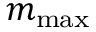
m _ { \mathrm { m a x } }